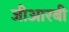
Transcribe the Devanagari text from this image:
जीआरबी